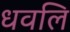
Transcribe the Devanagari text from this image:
धवलि